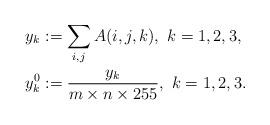
LaTeX: \begin{align*}&y_k:=\sum_{i,j}A(i,j,k),~ k=1,2,3,\\&y^0_k:=\frac{y_k}{m\times n\times 255},~ k=1,2,3.\end{align*}